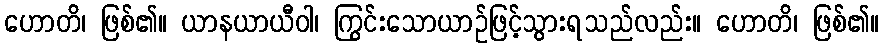
ဟောတိ၊ ဖြစ်၏။ ယာနယာယီဝါ၊ ကြွင်းသောယာဉ်ဖြင့်သွားရသည်လည်း။ ဟောတိ၊ ဖြစ်၏။